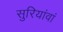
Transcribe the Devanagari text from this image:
सुरियांवां